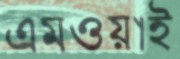
এমওয়াই